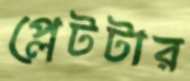
প্লেটটার